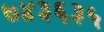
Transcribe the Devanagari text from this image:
७४३६३५